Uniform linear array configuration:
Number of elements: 48
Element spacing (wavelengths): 0.5
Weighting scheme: uniform
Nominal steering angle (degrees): -15
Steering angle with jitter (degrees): -14.109
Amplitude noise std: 0.05
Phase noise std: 0.05

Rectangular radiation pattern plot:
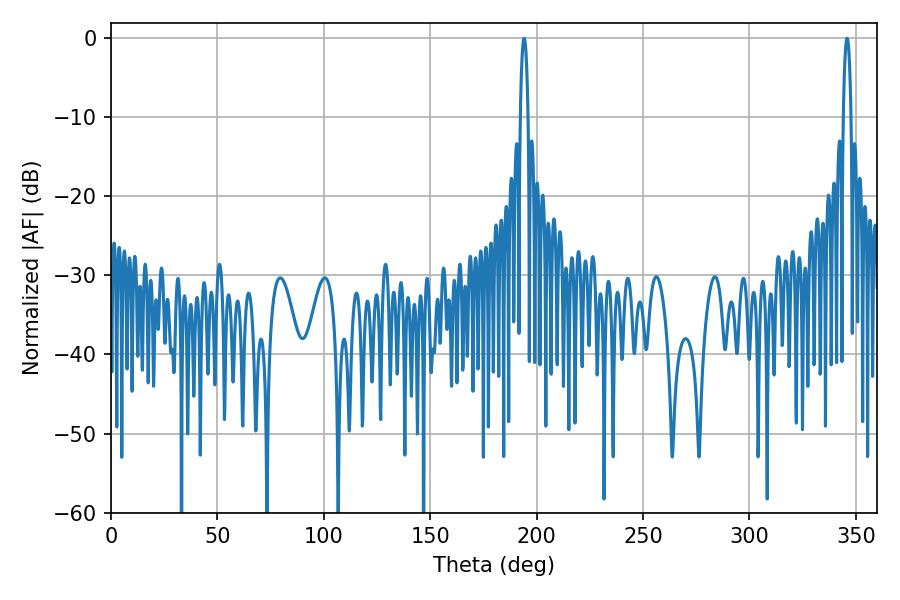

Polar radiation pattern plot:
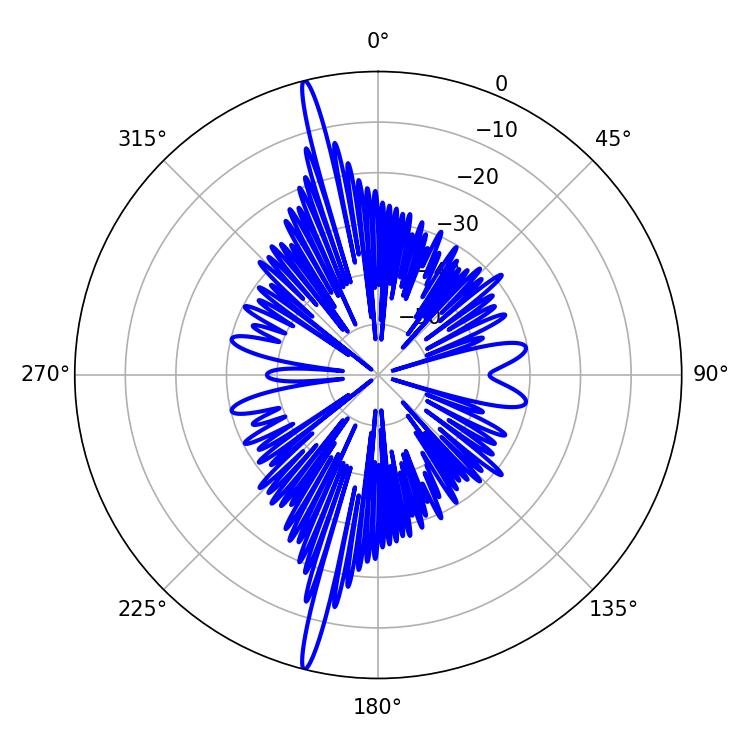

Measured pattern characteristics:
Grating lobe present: FALSE
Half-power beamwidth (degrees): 1.98
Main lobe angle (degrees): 194.04